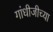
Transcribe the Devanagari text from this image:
गांधीजीच्या